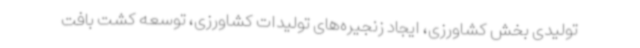
تولیدی بخش کشاورزی، ایجاد زنجیره‌های تولیدات کشاورزی، توسعه کشت بافت